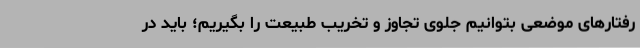
رفتارهای موضعی بتوانیم جلوی تجاوز و تخریب طبیعت را بگیریم؛ باید در